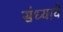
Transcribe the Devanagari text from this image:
संध्याये